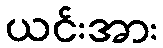
ယင်းအား